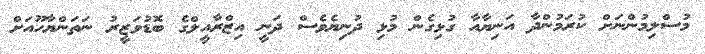
މުސްލިމުންނަށް ކުރަމުންދާ އަނިޔާއާ ގުޅިގެން މުޅި ދުނިޔެވެސް ދަނީ އިޒްރާއީލްގެ ބޮޑުވަޒީރު ނަތަންޔާހޫއަށް